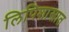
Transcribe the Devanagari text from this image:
लिपिशास्त्रात